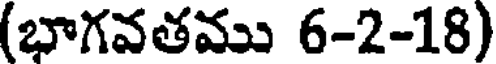
(భాగవతము 6-2-18)